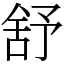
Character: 舒